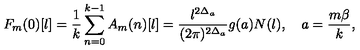
F _ { m } ( 0 ) [ l ] = \frac { 1 } { k } \sum _ { n = 0 } ^ { k - 1 } A _ { m } ( n ) [ l ] = \frac { l ^ { 2 \Delta _ { a } } } { ( 2 \pi ) ^ { 2 \Delta _ { a } } } g ( a ) N ( l ) , \quad a = \frac { m \beta } { k } ,